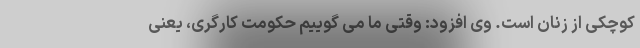
کوچکی از زنان است. وی افزود: وقتی ما می گوییم حکومت کارگری، یعنی